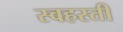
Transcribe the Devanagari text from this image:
स्वहस्ती